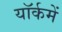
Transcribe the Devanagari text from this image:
यॉर्कमें